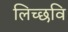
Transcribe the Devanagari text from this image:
लिच्‍छवि